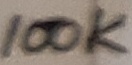
Text: 100K